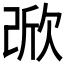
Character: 𣣁